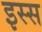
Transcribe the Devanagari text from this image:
इस्स